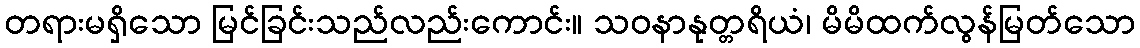
တရားမရှိသော မြင်ခြင်းသည်လည်းကောင်း။ သဝနာနုတ္တရိယံ၊ မိမိထက်လွန်မြတ်သော